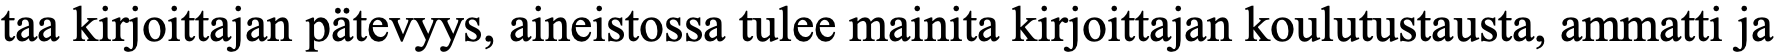
taa kirjoittajan pätevyys, aineistossa tulee mainita kirjoittajan koulutustausta, ammatti ja